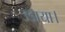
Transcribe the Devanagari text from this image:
उडाया।